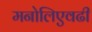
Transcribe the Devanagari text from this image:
मनोलिएवढी